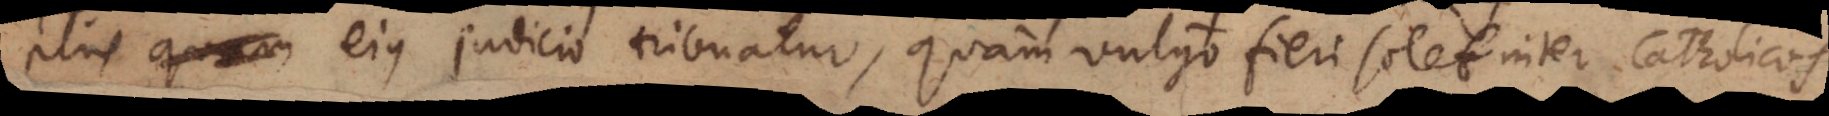
plus ejus judicio tribuatur, quam vulgo fieri solet inter Catholicos